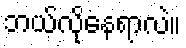
ဘယ်လိုနေရာလဲ။